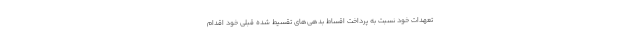
تعهدات خود نسبت به پرداخت اقساط بدهی‌های تقسیط شده قبلی خود اقدام